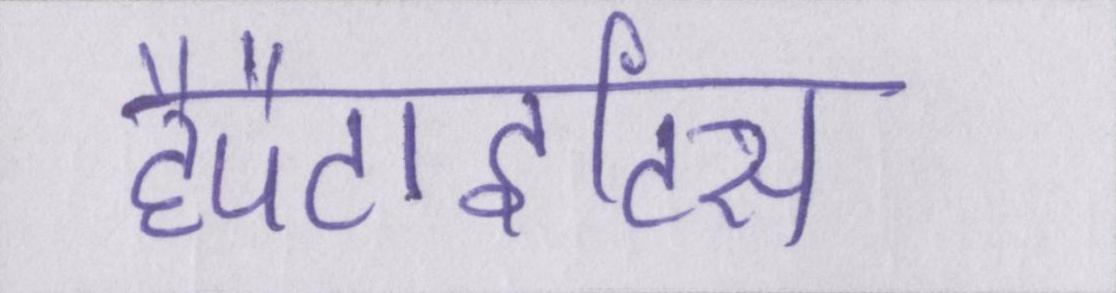
हैपैटाइटिस